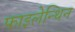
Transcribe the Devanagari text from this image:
फाइलेन्थिन